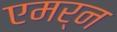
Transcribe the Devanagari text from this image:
एमर्न